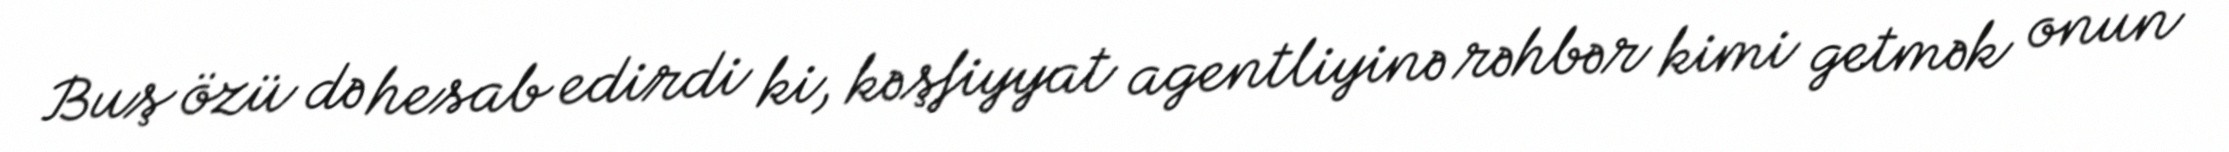
Buş özü də hesab edirdi ki, kəşfiyyat agentliyinə rəhbər kimi getmək onun